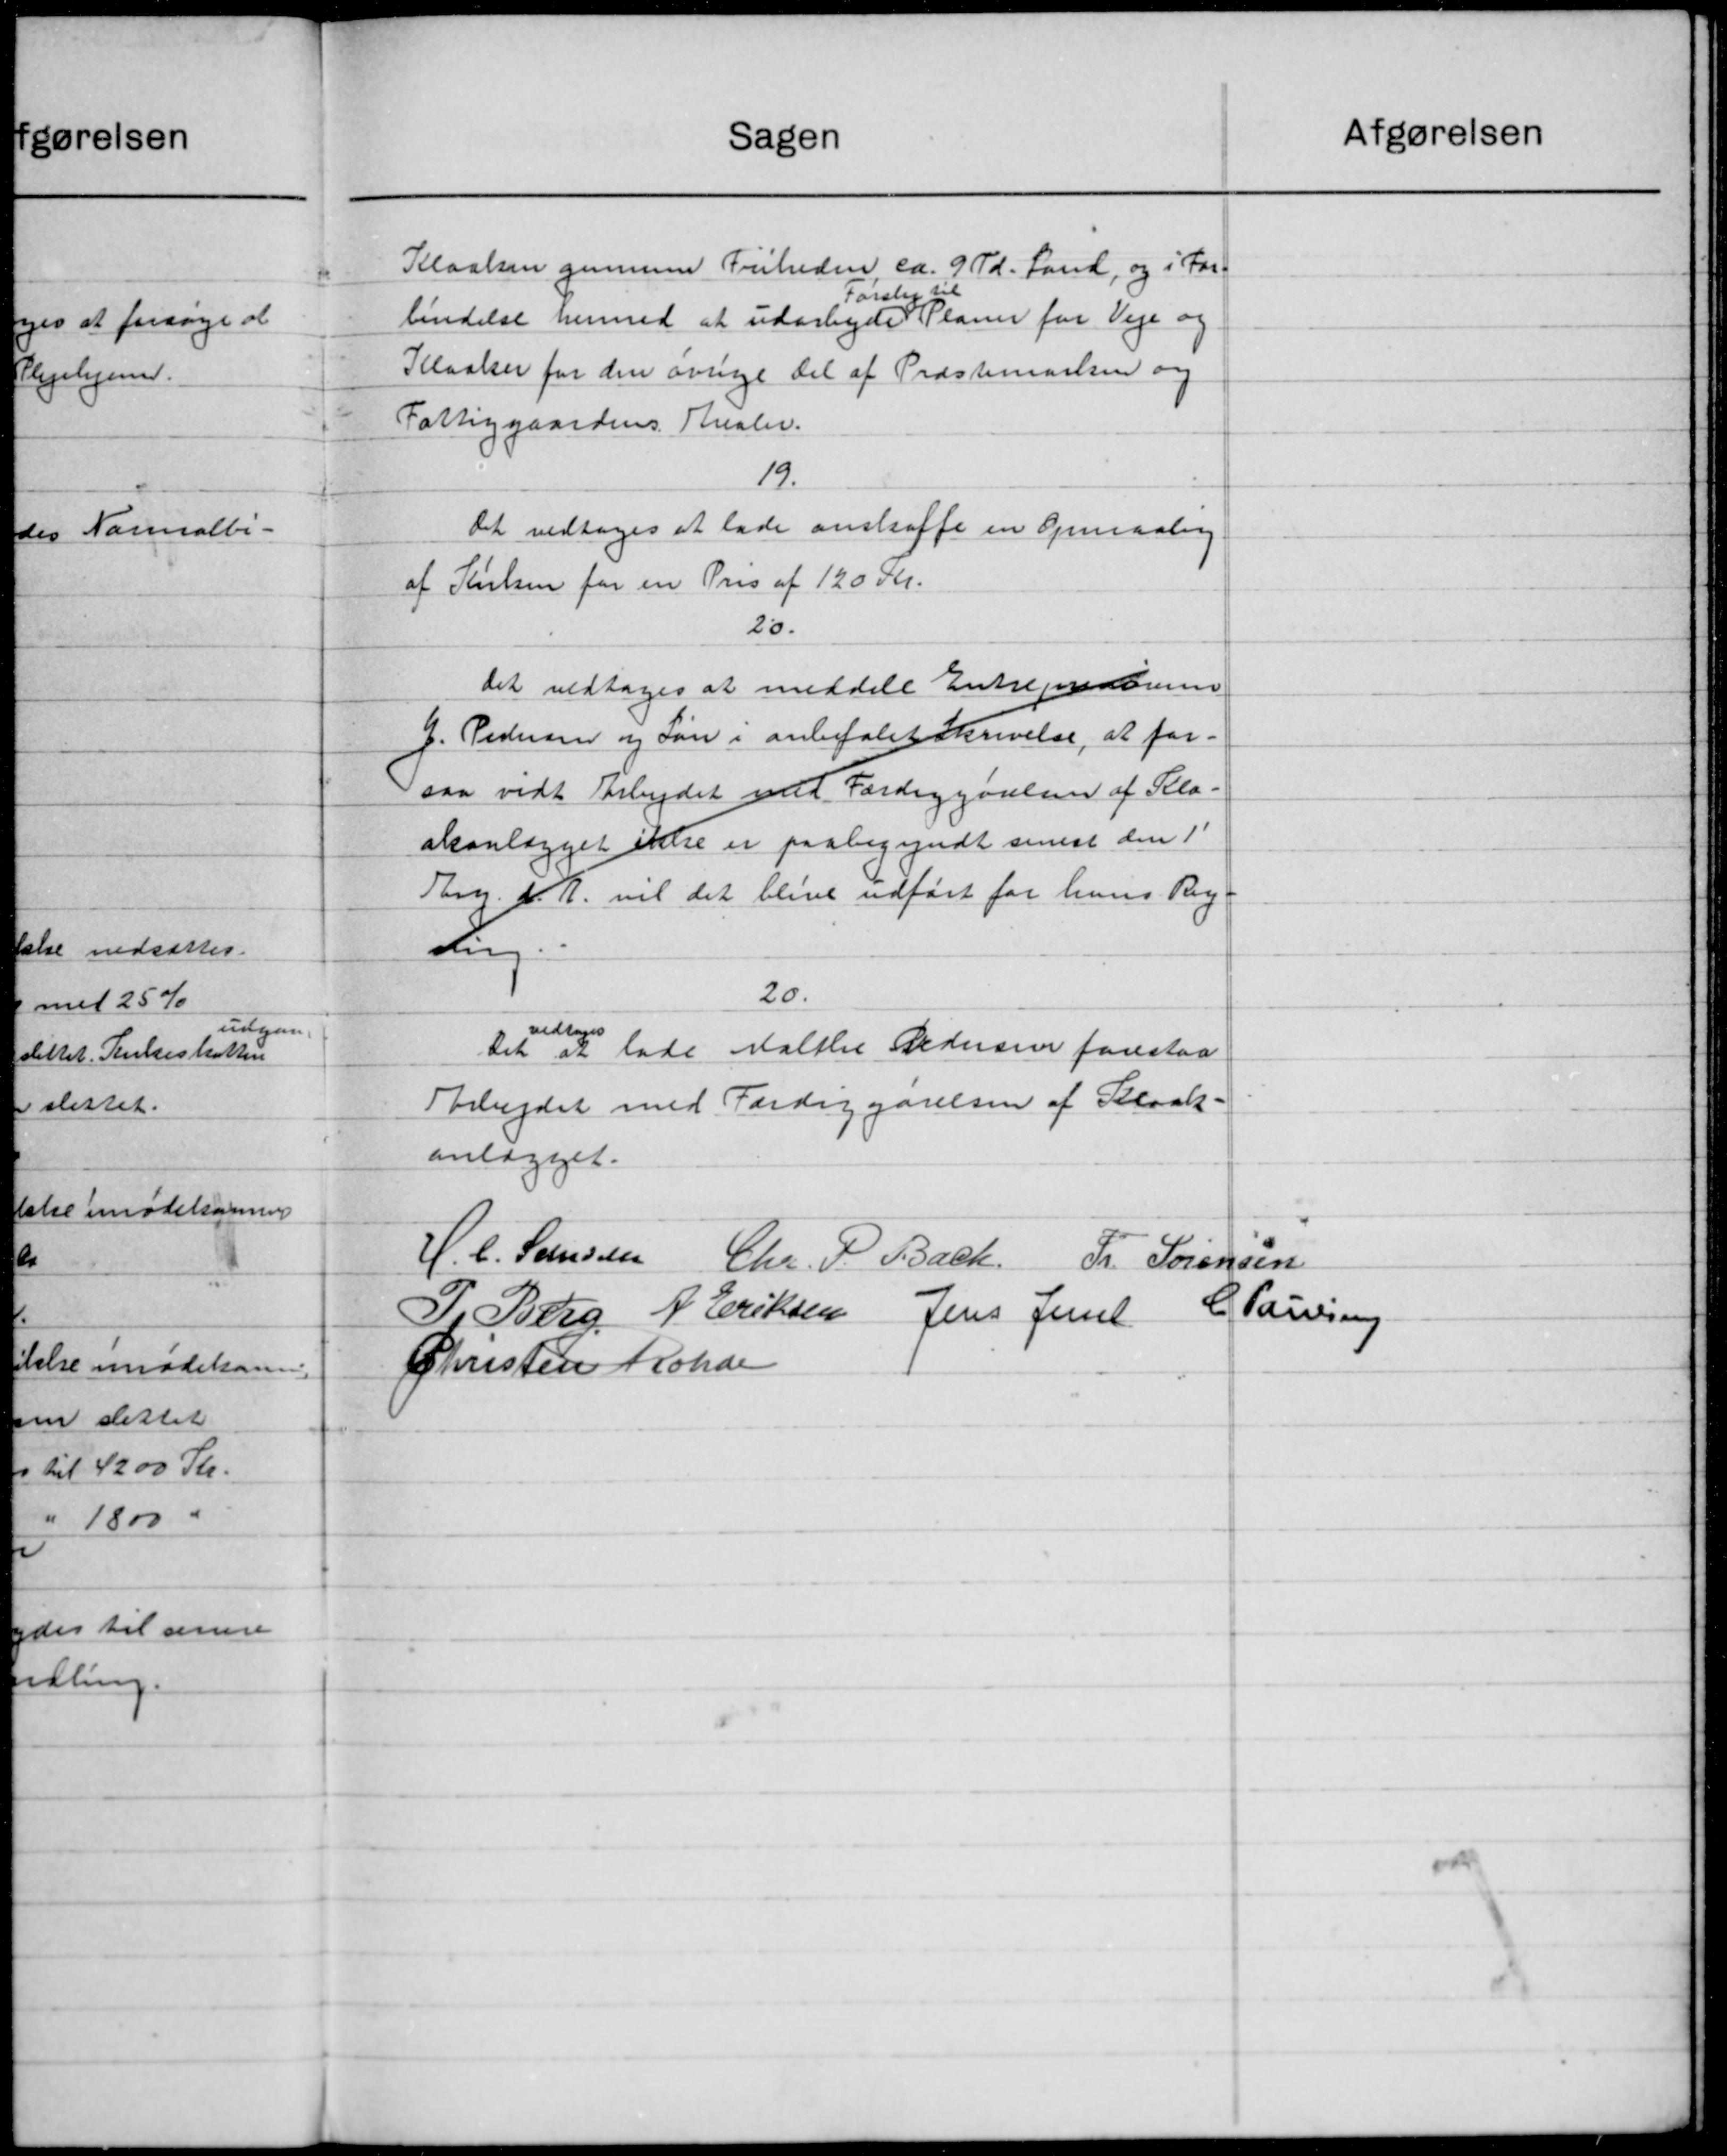
Transskription:
Sagen
Kloaken gennem Friheden, ca. 9 Td. Land, og i For-
Første til
bendelse hermed at udarbejde Planer for Veje og
Kloaker for den øvrige Del af Præstemarken og
Fattiggaardens Arealer.
19.
Det vedtoges at lade anskaffe en Opmaaling
af Nielsen for en Pris af 120 Kr.
20.
Det vedtoges at meddele Entreperatorerne
G. Pedersen og Løn i anbefalet Skrivelse, at for-
saa vidt Arbejdet ved Færdiggørelsen af Kla-
akanlægget ikke er paabegyndt senest den 1'
Thm. d. A. vil det blive udført for hans Reg
d
20.
vedtoges
Det at lade Malthe Pedersen forestaa
Arbejdet med Færdiggørelsen af Kloak-
anlægget.
H. C. Stensen Chr. P. Bach.
Fr. Sørensen
P. Peter N. Eriksen Jens Jensen C. Laursen
Christen Kolde